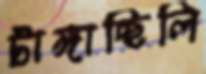
টাঙ্গাচ্ছিলি